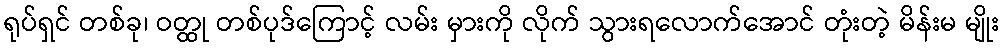
ရုပ်ရှင် တစ်ခု၊ ဝတ္ထု တစ်ပုဒ်ကြောင့် လမ်း မှားကို လိုက် သွားရလောက်အောင် တုံးတဲ့ မိန်းမ မျိုး